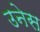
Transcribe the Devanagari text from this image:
उनेस